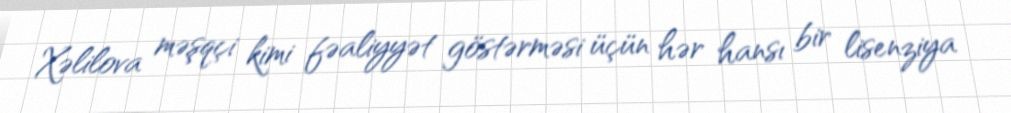
Xəlilova məşqçi kimi fəaliyyət göstərməsi üçün hər hansı bir lisenziya